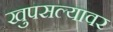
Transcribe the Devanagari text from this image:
खुपसल्यावर